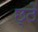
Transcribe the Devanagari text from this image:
छ्ठें